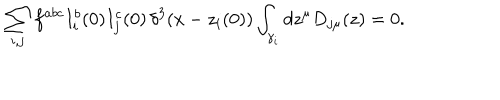
LaTeX: \sum _ { i , j } f ^ { a b c } I _ { i } ^ { b } ( 0 ) I _ { j } ^ { c } ( 0 ) \, \delta ^ { 3 } ( x - z _ { i } ( 0 ) ) \int _ { \gamma _ { i } } d z ^ { \mu } D _ { j \mu } ( z ) = 0 .